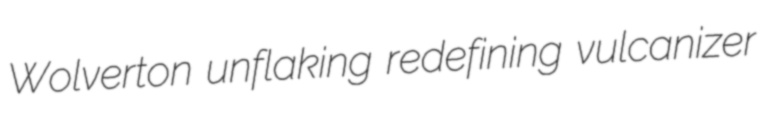
Wolverton unflaking redefining vulcanizer